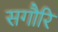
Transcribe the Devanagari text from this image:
सगौरि